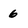
Character: 6